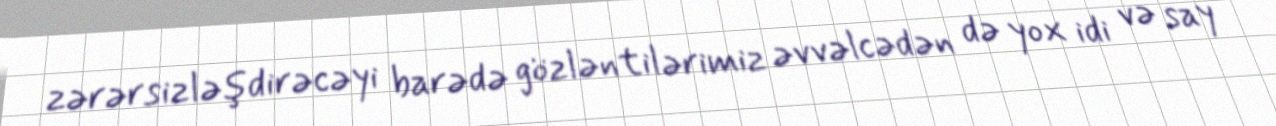
zərərsizləşdirəcəyi barədə gözləntilərimiz əvvəlcədən də yox idi və say